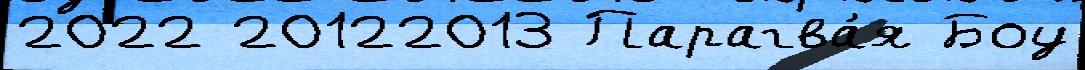
2022 20122013 Парагва́я Боу